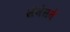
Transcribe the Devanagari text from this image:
सेमैंसने